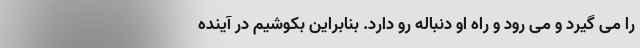
را می گیرد و می رود و راه او دنباله رو دارد. بنابراین بکوشیم در آینده